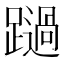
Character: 𨆔